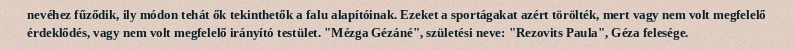
nevéhez fűződik, ily módon tehát ők tekinthetők a falu alapítóinak. Ezeket a sportágakat azért törölték, mert vagy nem volt megfelelő érdeklődés, vagy nem volt megfelelő irányító testület. "Mézga Gézáné", születési neve: "Rezovits Paula", Géza felesége.